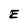
Character: E